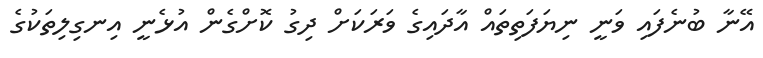
އޭނާ ބުނެފައި ވަނީ ނިޔަފަތިތައް އާދައިގެ ވަރަކަށް ދިގު ކޮށްގެން އުޅެނީ އިނގިލިތަކުގެ